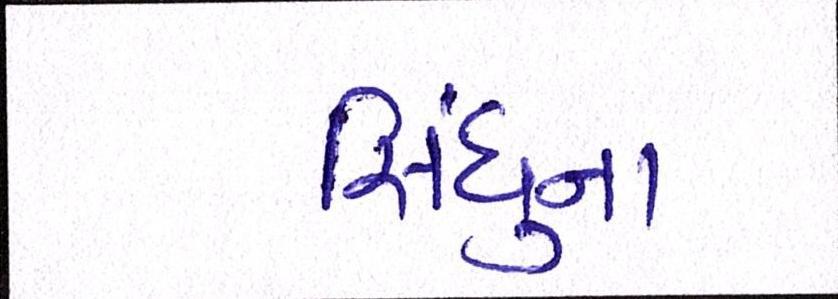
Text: સિંધુના